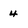
Character: 4